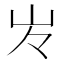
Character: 㞮